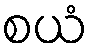
စယံ